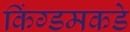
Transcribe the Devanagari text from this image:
किंग्डमकडे